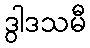
ဒွါဒသမီ